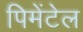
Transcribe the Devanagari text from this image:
पिमेंटेल